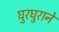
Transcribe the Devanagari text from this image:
घुरघुराने